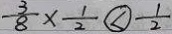
\frac { 3 } { 8 } \times \frac { 1 } { 2 } \textcircled { < } \frac { 1 } { 2 }